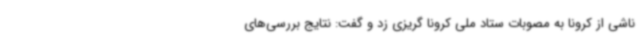
ناشی از کرونا به مصوبات ستاد ملی کرونا گریزی زد و گفت: نتایج بررسی‌های